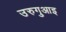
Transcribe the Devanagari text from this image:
उरुगुआइ